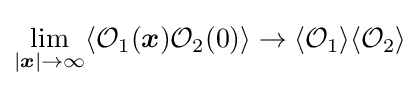
\lim _{|{\boldsymbol {x}}|\rightarrow \infty }\langle {\mathcal {O}}_{1}({\boldsymbol {x}}){\mathcal {O}}_{2}(0)\rangle \rightarrow \langle {\mathcal {O}}_{1}\rangle \langle {\mathcal {O}}_{2}\rangle